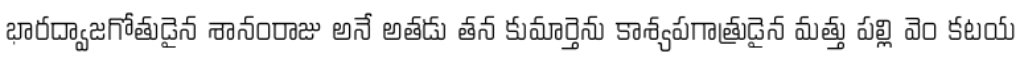
భారద్వాజగోతుడైన శానంరాజు అనే అతడు తన కుమార్తెను కాశ్యపగాత్రుడైన మత్తు పల్లి వెం కటయ